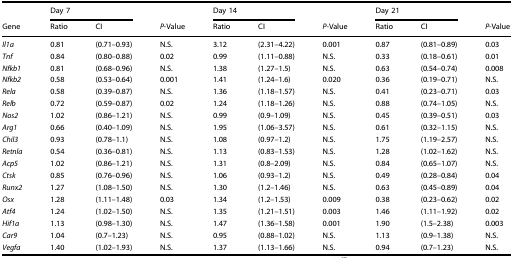
<table><thead><tr><td></td><td colspan="2"><b>Day 7</b></td><td></td><td colspan="2"><b>Day 14</b></td><td></td><td colspan="2"><b>Day 21</b></td><td></td></tr><tr><td><b>Gene</b></td><td><b>Ratio</b></td><td><b>CI</b></td><td><b><i>P</i>-Value</b></td><td><b>Ratio</b></td><td><b>CI</b></td><td><b><i>P</i>-Value</b></td><td><b>Ratio</b></td><td><b>CI</b></td><td><b><i>P</i>-Value</b></td></tr></thead><tbody><tr><td><i>Il1a</i></td><td>0.81</td><td>(0.71–0.93)</td><td>N.S.</td><td>3.12</td><td>(2.31–4.22)</td><td>0.001</td><td>0.87</td><td>(0.81–0.89)</td><td>0.03</td></tr><tr><td><i>Tnf</i></td><td>0.84</td><td>(0.80–0.88)</td><td>0.02</td><td>0.99</td><td>(1.11–0.88)</td><td>N.S.</td><td>0.33</td><td>(0.18–0.61)</td><td>0.01</td></tr><tr><td><i>Nfkb1</i></td><td>0.81</td><td>(0.68–0.96)</td><td>N.S.</td><td>1.38</td><td>(1.27–1.5)</td><td>N.S.</td><td>0.63</td><td>(0.54–0.74)</td><td>0.008</td></tr><tr><td><i>Nfkb2</i></td><td>0.58</td><td>(0.53–0.64)</td><td>0.001</td><td>1.41</td><td>(1.24–1.6)</td><td>0.020</td><td>0.36</td><td>(0.19–0.71)</td><td>N.S.</td></tr><tr><td><i>Rela</i></td><td>0.58</td><td>(0.39–0.87)</td><td>N.S.</td><td>1.36</td><td>(1.18–1.57)</td><td>N.S.</td><td>0.41</td><td>(0.23–0.71)</td><td>0.03</td></tr><tr><td><i>Relb</i></td><td>0.72</td><td>(0.59–0.87)</td><td>0.02</td><td>1.24</td><td>(1.18–1.26)</td><td>N.S.</td><td>0.88</td><td>(0.74–1.05)</td><td>N.S.</td></tr><tr><td><i>Nos2</i></td><td>1.02</td><td>(0.86–1.21)</td><td>N.S.</td><td>0.99</td><td>(0.9–1.09)</td><td>N.S.</td><td>0.45</td><td>(0.39–0.51)</td><td>0.03</td></tr><tr><td><i>Arg1</i></td><td>0.66</td><td>(0.40–1.09)</td><td>N.S.</td><td>1.95</td><td>(1.06–3.57)</td><td>N.S.</td><td>0.61</td><td>(0.32–1.15)</td><td>N.S.</td></tr><tr><td><i>Chil3</i></td><td>0.93</td><td>(0.78–1.1)</td><td>N.S.</td><td>1.08</td><td>(0.97–1.2)</td><td>N.S.</td><td>1.75</td><td>(1.19–2.57)</td><td>N.S.</td></tr><tr><td><i>Retnla</i></td><td>0.54</td><td>(0.36–0.81)</td><td>N.S.</td><td>1.13</td><td>(0.83–1.53)</td><td>N.S.</td><td>1.28</td><td>(1.02–1.62)</td><td>N.S.</td></tr><tr><td><i>Acp5</i></td><td>1.02</td><td>(0.86–1.21)</td><td>N.S.</td><td>1.31</td><td>(0.8–2.09)</td><td>N.S.</td><td>0.84</td><td>(0.65–1.07)</td><td>N.S.</td></tr><tr><td><i>Ctsk</i></td><td>0.85</td><td>(0.76–0.96)</td><td>N.S.</td><td>1.06</td><td>(0.93–1.2)</td><td>N.S.</td><td>0.49</td><td>(0.28–0.84)</td><td>0.04</td></tr><tr><td><i>Runx2</i></td><td>1.27</td><td>(1.08–1.50)</td><td>N.S.</td><td>1.30</td><td>(1.2–1.46)</td><td>N.S.</td><td>0.63</td><td>(0.45–0.89)</td><td>0.04</td></tr><tr><td><i>Osx</i></td><td>1.28</td><td>(1.11–1.48)</td><td>0.03</td><td>1.34</td><td>(1.2–1.53)</td><td>0.009</td><td>0.38</td><td>(0.23–0.62)</td><td>0.02</td></tr><tr><td><i>Atf4</i></td><td>1.24</td><td>(1.02–1.50)</td><td>N.S.</td><td>1.35</td><td>(1.21–1.51)</td><td>0.003</td><td>1.46</td><td>(1.11–1.92)</td><td>0.02</td></tr><tr><td><i>Hif1a</i></td><td>1.13</td><td>(0.98–1.30)</td><td>N.S.</td><td>1.47</td><td>(1.36–1.58)</td><td>0.001</td><td>1.90</td><td>(1.5–2.38)</td><td>0.003</td></tr><tr><td><i>Car9</i></td><td>1.04</td><td>(0.7–1.23)</td><td>N.S.</td><td>0.95</td><td>(0.88–1.02)</td><td>N.S.</td><td>1.13</td><td>(0.9–1.38)</td><td>N.S.</td></tr><tr><td><i>Vegfa</i></td><td>1.40</td><td>(1.02–1.93)</td><td>N.S.</td><td>1.37</td><td>(1.13–1.66)</td><td>N.S.</td><td>0.94</td><td>(0.7–1.23)</td><td>N.S.</td></tr></tbody></table>